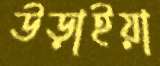
উড়াইয়া